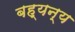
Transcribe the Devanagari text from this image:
बह्यन्य